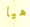
هيا